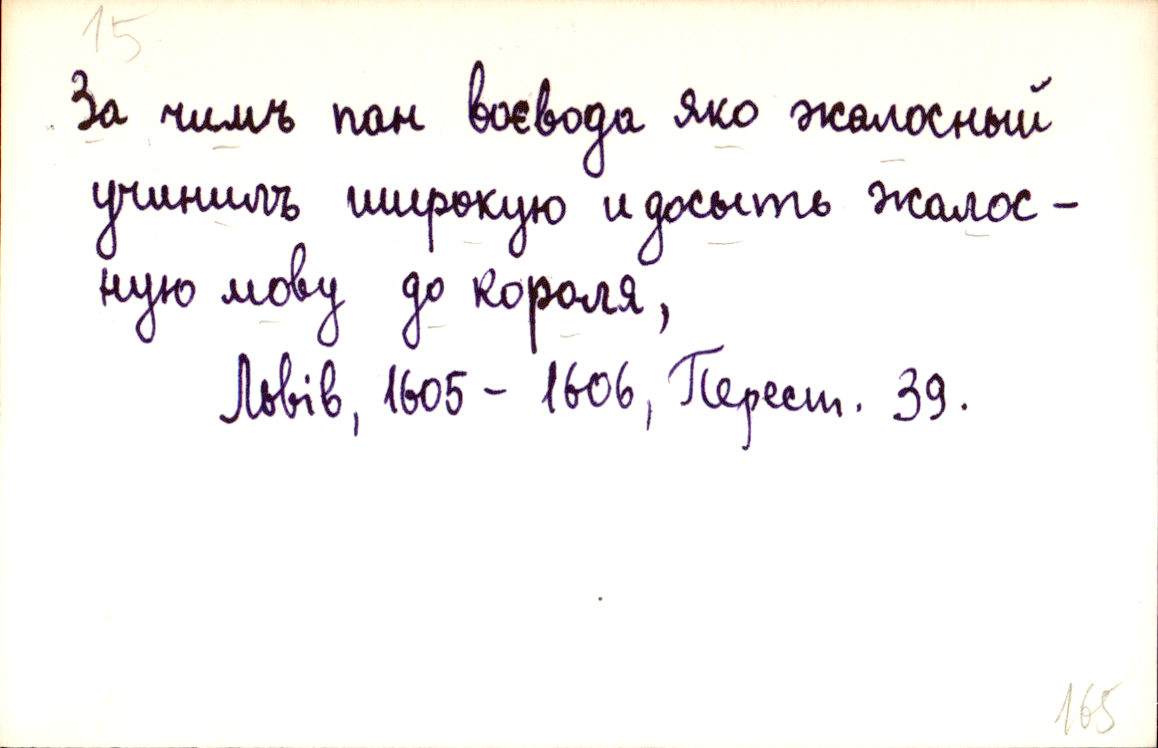
За чимъ панъ воєвода яко жалосный
учинилъ широкую и досыть жалос-
ную мову до короля,
Львів, 1605 - 1606, Перест. 39.